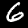
Label: 6